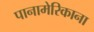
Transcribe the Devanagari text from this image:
पानामेरिकाना